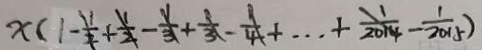
x ( 1 - \frac { 1 } { 2 } + \frac { 1 } { 2 } - \frac { 1 } { 3 } + \frac { 1 } { 3 } - \frac { 1 } { 4 } + \cdots + \frac { 1 } { 2 0 1 4 } - \frac { 1 } { 2 0 1 5 } )